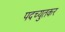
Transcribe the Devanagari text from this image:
पदच्युतकर